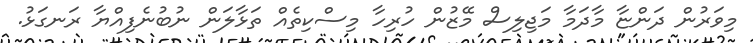
މިވަރުން ދަންޏާ މާދަމާ މަޖިލިސް މޭޒުން ހުރިހާ މިސްކިތެއް ތަޅާލަން ނުބުނެފިއްޔާ ރަނގަޅު.